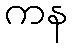
ကန